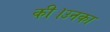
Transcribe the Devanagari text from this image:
की।उनका